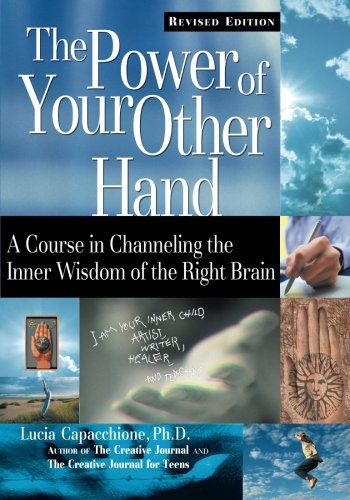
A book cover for The Power of Your Other Hand, Revised Edition; Lucia Capacchione; Religion & Spirituality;